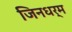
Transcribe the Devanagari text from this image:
जिनधर्म